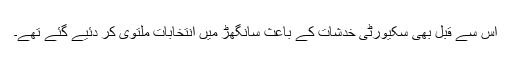
اس سے قبل بھی سکیورٹی خدشات کے باعث سانگھڑ میں انتخابات ملتوی کر دئیے گئے تھے۔